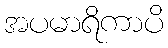
အပမာရိကာပိ